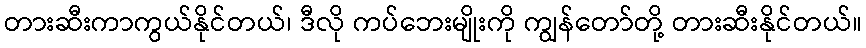
တားဆီးကာကွယ်နိုင်တယ်၊ ဒီလို ကပ်ဘေးမျိုးကို ကျွန်တော်တို့ တားဆီးနိုင်တယ်။